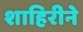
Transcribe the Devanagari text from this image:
शाहिरीने